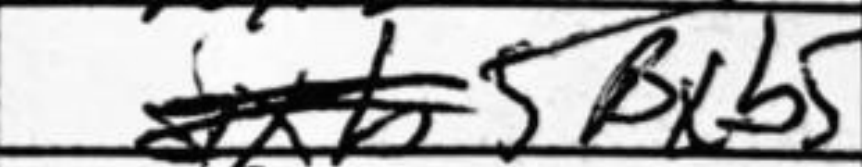
Transcription: Bxb5